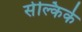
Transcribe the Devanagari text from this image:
सेल्किर्क